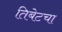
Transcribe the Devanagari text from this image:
तिबेटचा